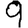
Digit: 9